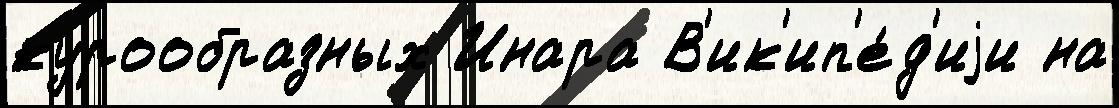
курообразных Инара В'ик'ип'е́д'иjи на